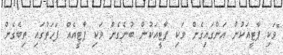
"ވަކި ޕާޓީއަކުން އަންގައިގެން ވަކި ޕާޓީއަކުން ބުނެގެން ވަކި ޕާޓީއެއް ފަހަތުގައި ތިބެގެން